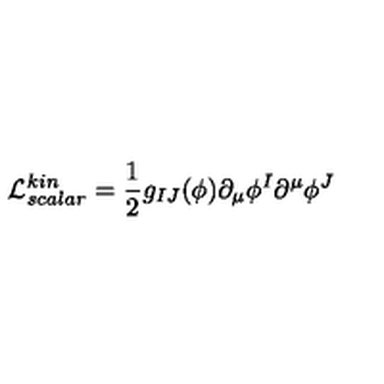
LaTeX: \mathcal { L } _ { s c a l a r } ^ { k i n } = \frac { 1 } { 2 } g _ { I J } ( \phi ) \partial _ { \mu } \phi ^ { I } \partial ^ { \mu } \phi ^ { J }